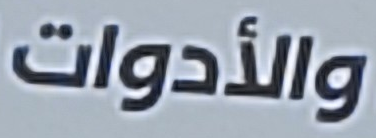
والأدوات